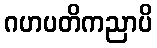
ဂဟပတိကညာပိ